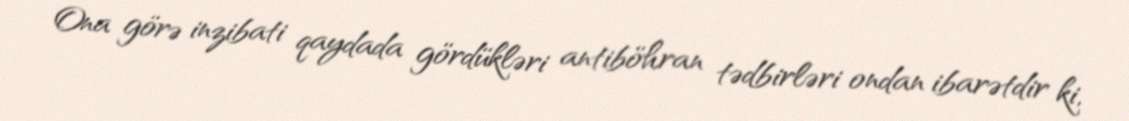
Ona görə inzibati qaydada gördükləri antiböhran tədbirləri ondan ibarətdir ki,